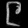
Digit: ၉